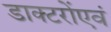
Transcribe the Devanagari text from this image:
डाक्टरोंएवं